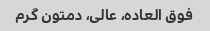
فوق العاده، عالی، دمتون گرم